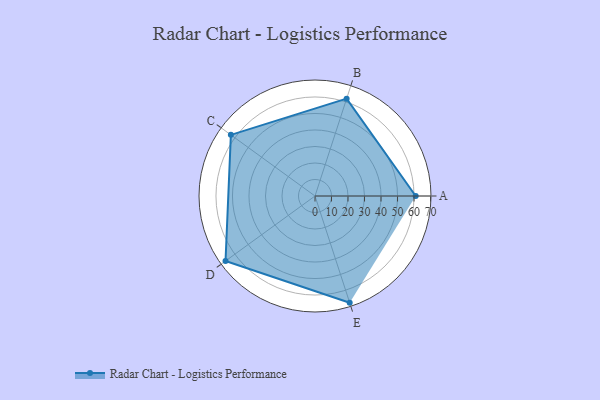
{"axis": {"x": "Skill", "y": "Score"}, "legend": ["Profile"], "data": [{"x": "A", "y": 61.0, "type": "Profile"}, {"x": "B", "y": 62.0, "type": "Profile"}, {"x": "C", "y": 63.0, "type": "Profile"}, {"x": "D", "y": 67.0, "type": "Profile"}, {"x": "E", "y": 68.0, "type": "Profile"}]}